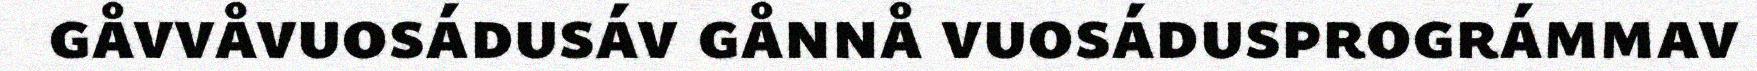
gåvvåvuosádusáv gånnå vuosádusprográmmav